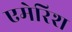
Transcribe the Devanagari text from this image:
एमेरिश